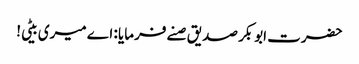
حضرت ابوبکر صدیق صنے فرمایا : اے میری بیٹی!